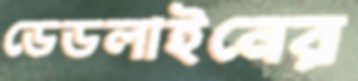
ডেডলাইনের